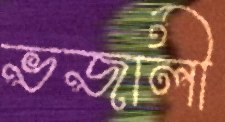
ভজালী